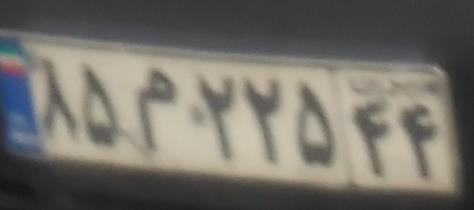
۸۵م۲۲۵۴۴